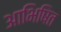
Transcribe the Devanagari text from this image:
आभिषित